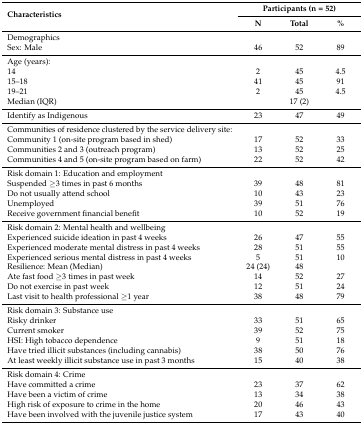
| <ROWSPAN=2> Characteristics | <COLSPAN=3> Participants (n = 52) |
 | N | Total | % |
 | --- | --- | --- | --- |
 | Demographics |  |  |  |
 | Sex: Male | 46 | 52 | 89 |
 | Age (years): |  |  |  |
 | 14 | 2 | 45 | 4.5 |
 | 15–18 | 41 | 45 | 91 |
 | 19–21 | 2 | 45 | 4.5 |
 | Median (IQR) | <COLSPAN=3> 17 (2) |
 | Identify as Indigenous | 23 | 47 | 49 |
 | Communities of residence clustered by the service delivery site: |  |  |  |
 | Community 1 (on-site program based in shed) | 17 | 52 | 33 |
 | Communities 2 and 3 (outreach program) | 13 | 52 | 25 |
 | Communities 4 and 5 (on-site program based on farm) | 22 | 52 | 42 |
 | Risk domain 1: Education and employment |  |  |  |
 | Suspended ≥3 times in past 6 months | 39 | 48 | 81 |
 | Do not usually attend school | 10 | 43 | 23 |
 | Unemployed | 39 | 51 | 76 |
 | Receive government financial benefit | 10 | 52 | 19 |
 | Risk domain 2: Mental health and wellbeing |  |  |  |
 | Experienced suicide ideation in past 4 weeks | 26 | 47 | 55 |
 | Experienced moderate mental distress in past 4 weeks | 28 | 51 | 55 |
 | Experienced serious mental distress in past 4 weeks | 5 | 51 | 10 |
 | Resilience: Mean (Median) | 24 (24) | 48 |  |
 | Ate fast food ≥3 times in past week | 14 | 52 | 27 |
 | Do not exercise in past week | 12 | 51 | 24 |
 | Last visit to health professional ≥1 year | 38 | 48 | 79 |
 | Risk domain 3: Substance use |  |  |  |
 | Risky drinker | 33 | 51 | 65 |
 | Current smoker | 39 | 52 | 75 |
 | HSI: High tobacco dependence | 9 | 51 | 18 |
 | Have tried illicit substances (including cannabis) | 38 | 50 | 76 |
 | At least weekly illicit substance use in past 3 months | 15 | 40 | 38 |
 | Risk domain 4: Crime |  |  |  |
 | Have committed a crime | 23 | 37 | 62 |
 | Have been a victim of crime | 13 | 34 | 38 |
 | High risk of exposure to crime in the home | 20 | 46 | 43 |
 | Have been involved with the juvenile justice system | 17 | 43 | 40 |